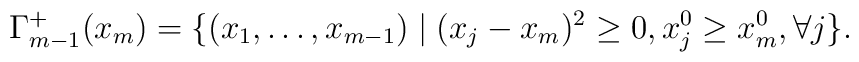
\Gamma_{m-1}^+(x_m)=\{(x_1,\ldots ,x_{m-1}) \mid (x_j - x_m)^2 \ge 0, x_j^0 \ge x_m^0, \forall j \}.